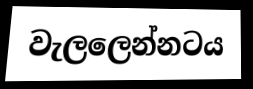
වැලලෙන්නටය